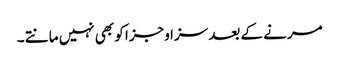
مرنے کے بعد سزا وجزا کو بھی نہیں مانتے ۔